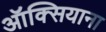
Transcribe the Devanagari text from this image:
ऑक्सियाना